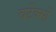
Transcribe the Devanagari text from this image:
वर्टेक्सों